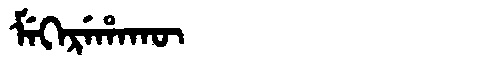
Manchu: ᠮᡝᡴᡝᡵᡝᡥᠠᡴᡡ
Romanization: MEKEREHAKŪ